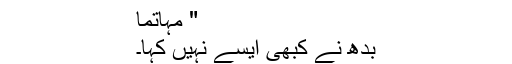
" مہاتما
بدھ نے کبھی ایسے نہیں کہا۔